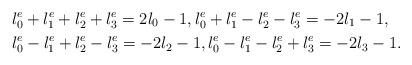
LaTeX: \begin{align*}& l_{0}^{e}+l_{1}^{e}+l_{2}^{e}+l_{3}^{e}=2l_{0}-1,l_{0}^{e}+l_{1}^{e}-l_{2}^{e}-l_{3}^{e}=-2l_{1}-1,\\& l_{0}^{e}-l_{1}^{e}+l_{2}^{e}-l_{3}^{e}=-2l_{2}-1,l_{0}^{e}-l_{1}^{e}-l_{2}^{e}+l_{3}^{e}=-2l_{3}-1.\end{align*}